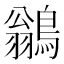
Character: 鶲